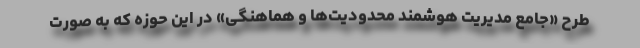
طرح «جامع مدیریت هوشمند محدودیت‌ها و هماهنگی» در این حوزه که به صورت